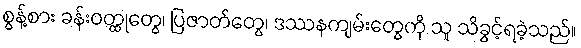
စွန့်စား ခန်းဝတ္ထုတွေ၊ ပြဇာတ်တွေ၊ ဒဿနကျမ်းတွေကို သူ သိခွင့်ရခဲ့သည်။